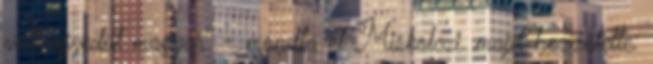
volt egyedül magyar" - mondta el Miskolczi, majd hozzátette: